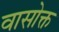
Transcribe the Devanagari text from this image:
वासोक्त